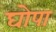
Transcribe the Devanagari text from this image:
घोपा